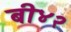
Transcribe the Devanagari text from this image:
बी४२